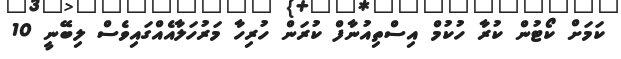
ކަމަށް ކޯޓުން ކުރާ ހުކުމް އިސްތިއުނާފް ކުރަން ހުރިހާ މަރުހަލާއެއްގައިވެސް ލިބޭނީ 10